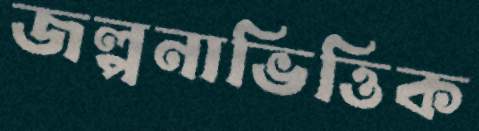
জল্পনাভিত্তিক